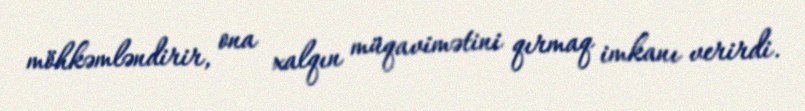
möhkəmləndirir, ona xalqın müqavimətini qırmaq imkanı verirdi.